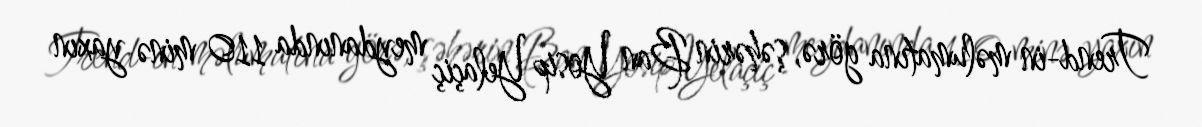
Trend-in məlumatına görə, şəhərin Ban Yosip Yelaçiç meydanında 110 minə yaxın